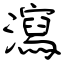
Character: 瀉